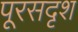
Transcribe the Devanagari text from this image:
पूरसदृश